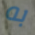
به